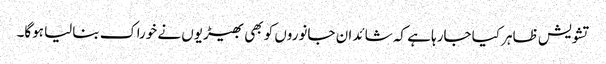
تشویش ظاہر کیا جارہا ہے کہ شائد ان جانوروں کو بھی بھیڑیوں نے خوراک بنالیا ہوگا۔